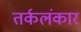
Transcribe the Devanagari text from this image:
तर्कलंकार